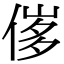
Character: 𠊵